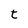
Character: t